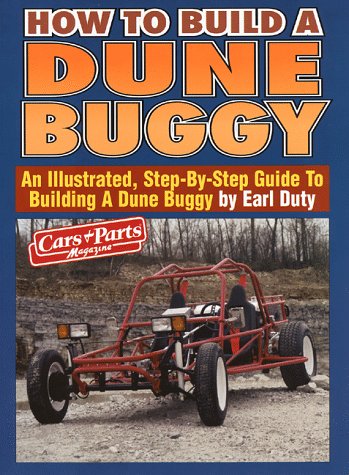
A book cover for How to Build a Dune Buggy; Motorbooks International; Engineering & Transportation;